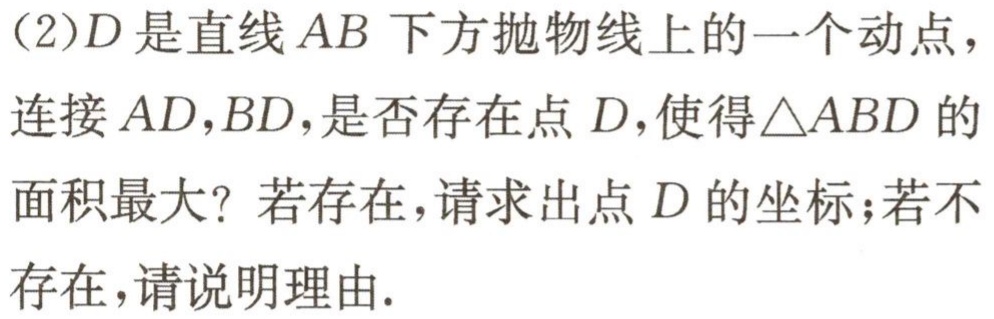
（2）$D$是直线$AB$下方抛物线上的一个动点，连接$AD,BD$，是否存在点$D$，使得$\triangle ABD$的面积最大？若存在，请求出点$D$的坐标；若不存在，请说明理由.